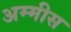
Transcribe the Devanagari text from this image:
अम्मीस